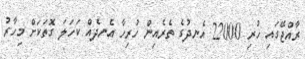
ރާއްޖޭގައި ހުރި 22000 އެނދުގެ ތެރެއިން ހުރިހާ އެނދެއް ކަހަލަ ގޮތަކަށް މިހާރު